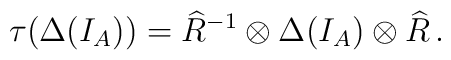
\tau (\Delta (I_A)) = \widehat{R}^{-1} \otimes \Delta (I_A)\otimes \widehat{R}\, .